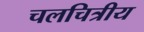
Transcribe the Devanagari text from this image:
चलचित्रीय